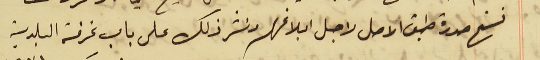
نسخ صورة طبق الاصل لاجل ابلاغهم ونشر ذلك على باب غرفة البلدية